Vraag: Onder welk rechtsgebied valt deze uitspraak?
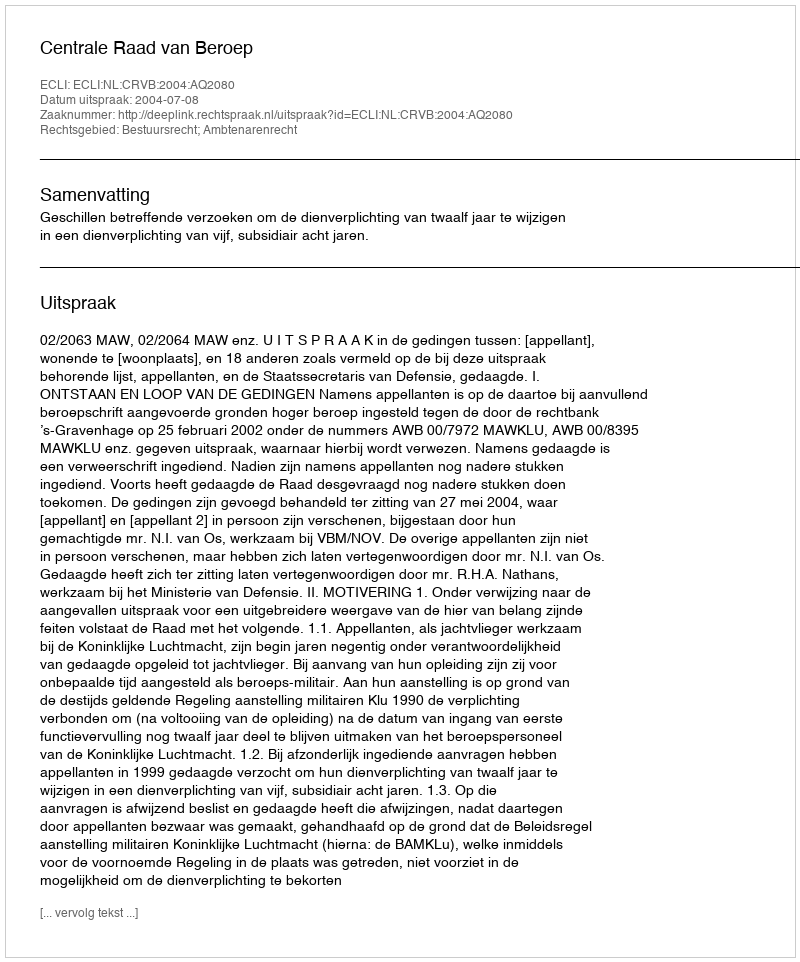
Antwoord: Bestuursrecht; Ambtenarenrecht